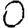
Digit: 0